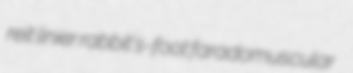
reit linier rabbit's-foot faradomuscular